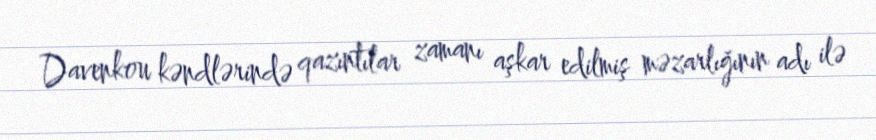
Davenkou kəndlərində qazıntılar zamanı aşkar edilmiş məzarlığının adı ilə